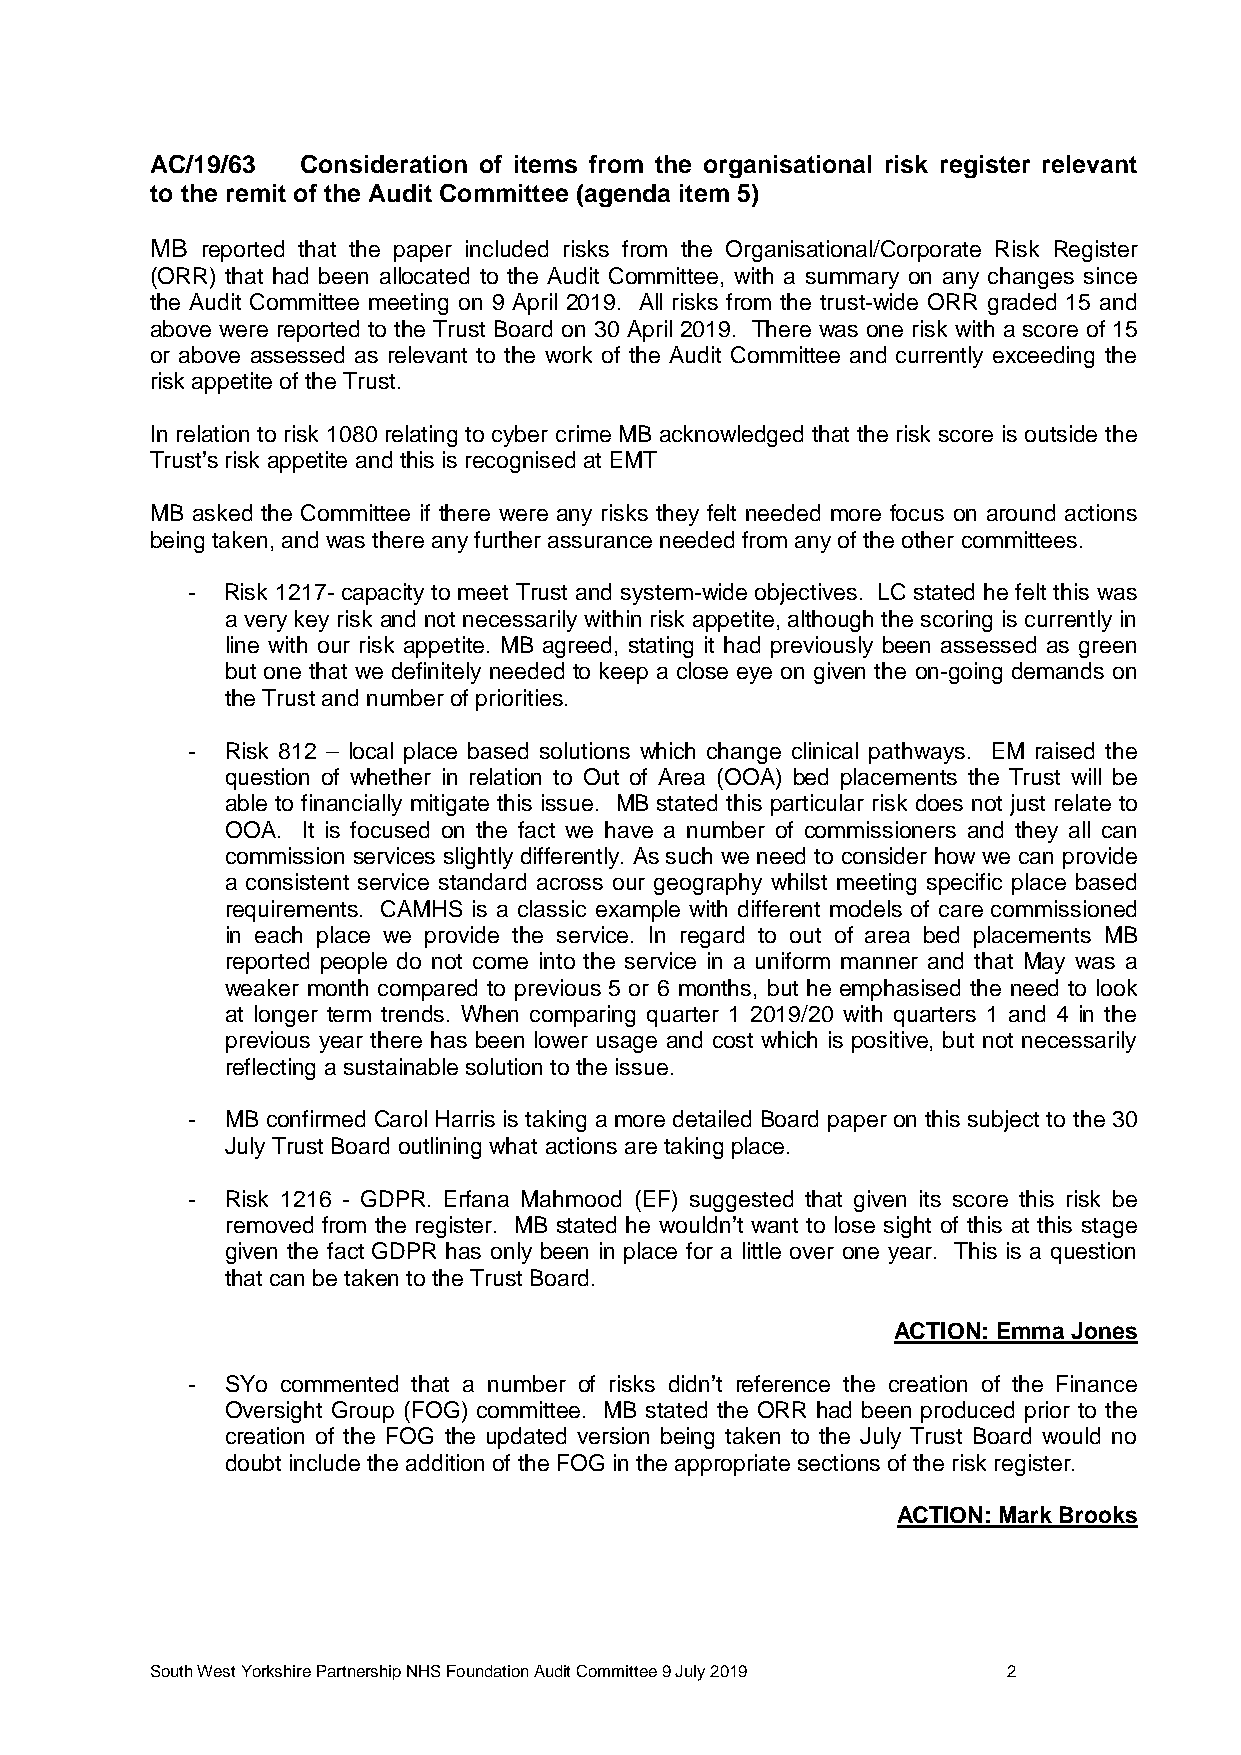
AC/19/63  Consideration of items from the organisational risk register relevant
 to the remit of the Audit Committee (agenda item 5)
 MB reported that the paper included risks from the Organisational/Corporate Risk Register
 (ORR) that had been allocated to the Audit Committee, with a summary on any changes since
 the Audit Committee meeting on 9 April 2019. All risks from the trust-wide ORR graded 15 and
 above were reported to the Trust Board on 30 April 2019. There was one risk with a score of 15
 or above assessed as relevant to the work of the Audit Committee and currently exceeding the
 risk appetite of the Trust.
 In relation to risk 1080 relating to cyber crime MB acknowledged that the risk score is outside the
 Trust’s risk appetite and this is recognised at EMT
 MB asked the Committee if there were any risks they felt needed more focus on around actions
 being taken, and was there any further assurance needed from any of the other committees.
 -  Risk 1217- capacity to meet Trust and system-wide objectives. LC stated he felt this was
 a very key risk and not necessarily within risk appetite, although the scoring is currently in
 line with our risk appetite. MB agreed, stating it had previously been assessed as green
 but one that we definitely needed to keep a close eye on given the on-going demands on
 the Trust and number of priorities.
 -  Risk 812 – local place based solutions which change clinical pathways. EM raised the
 question of whether in relation to Out of Area (OOA) bed placements the Trust will be
 able to financially mitigate this issue. MB stated this particular risk does not just relate to
 OOA. It is focused on the fact we have a number of commissioners and they all can
 commission services slightly differently. As such we need to consider how we can provide
 a consistent service standard across our geography whilst meeting specific place based
 requirements. CAMHS is a classic example with different models of care commissioned
 in each place we provide the service. In regard to out of area bed placements MB
 reported people do not come into the service in a uniform manner and that May was a
 weaker month compared to previous 5 or 6 months, but he emphasised the need to look
 at longer term trends. When comparing quarter 1 2019/20 with quarters 1 and 4 in the
 previous year there has been lower usage and cost which is positive, but not necessarily
 reflecting a sustainable solution to the issue.
 -  MB confirmed Carol Harris is taking a more detailed Board paper on this subject to the 30
 July Trust Board outlining what actions are taking place.
 -  Risk 1216 - GDPR. Erfana Mahmood (EF) suggested that given its score this risk be
 removed from the register. MB stated he wouldn’t want to lose sight of this at this stage
 given the fact GDPR has only been in place for a little over one year. This is a question
 that can be taken to the Trust Board.
 ACTION: Emma Jones
 -  SYo commented that a number of risks didn’t reference the creation of the Finance
 Oversight Group (FOG) committee. MB stated the ORR had been produced prior to the
 creation of the FOG the updated version being taken to the July Trust Board would no
 doubt include the addition of the FOG in the appropriate sections of the risk register.
 ACTION: Mark Brooks
 South West Yorkshire Partnership NHS Foundation Audit Committee 9 July 2019 2